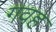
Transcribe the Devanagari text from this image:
गवह